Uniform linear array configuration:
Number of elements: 8
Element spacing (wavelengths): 0.75
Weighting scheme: hamming
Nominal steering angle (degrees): -30
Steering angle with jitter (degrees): -29.866
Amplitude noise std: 0.05
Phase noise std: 0.05

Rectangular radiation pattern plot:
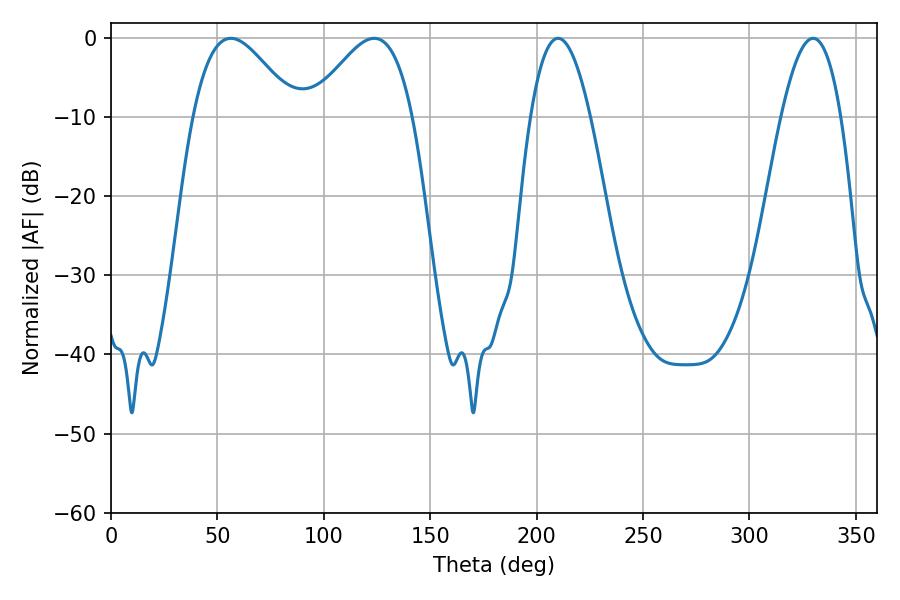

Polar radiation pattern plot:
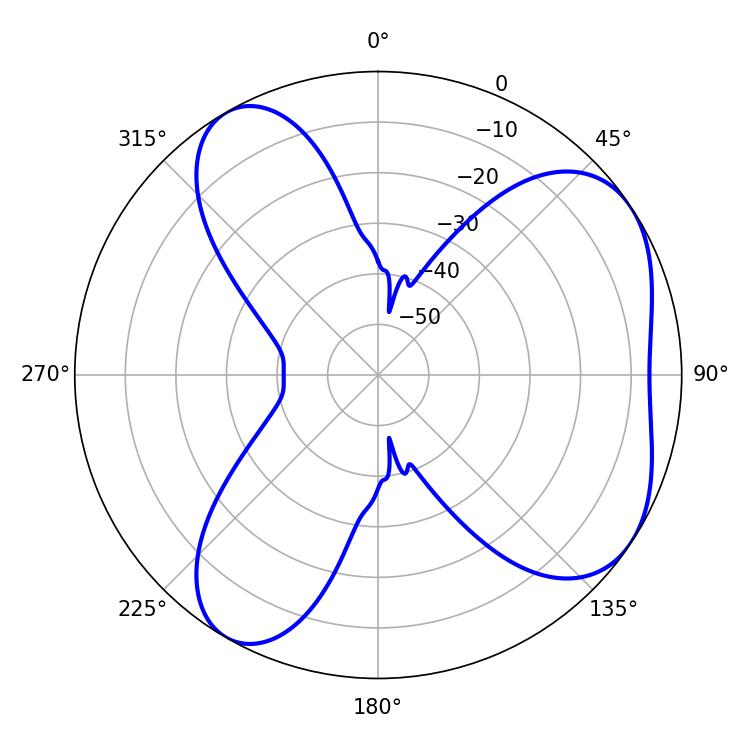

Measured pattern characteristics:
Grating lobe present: TRUE
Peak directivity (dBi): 5.476
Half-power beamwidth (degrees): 25.74
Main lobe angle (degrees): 56.34